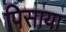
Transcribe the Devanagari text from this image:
पिसाया